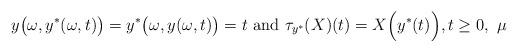
LaTeX: \begin{align*} y\bigl(\omega,y^{*}(\omega,t)\bigr)=y^{*}\bigl(\omega,y(\omega,t)\bigr)=t \text{ and } \tau_{y^{*}}(X)(t)=X\Bigl( y^{*}(t) \Bigr), t\ge 0,\ \mu\end{align*}